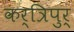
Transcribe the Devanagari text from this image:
कर्त्रिपुर्